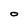
Character: O